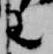
王